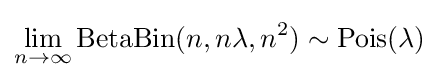
\lim _{n\rightarrow \infty }\mathrm {BetaBin} (n,n\lambda ,n^{2})\sim \mathrm {Pois} (\lambda )